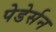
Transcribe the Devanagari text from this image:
पेडेर्सन